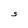
Character: S